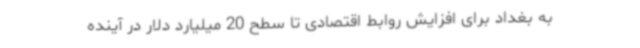
به بغداد برای افزایش روابط اقتصادی تا سطح 20 میلیارد دلار در آینده